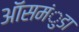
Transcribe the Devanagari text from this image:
ऑसमंुडा